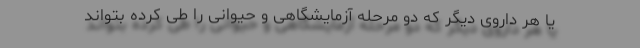
یا هر داروی دیگر که دو مرحله آزمایشگاهی و حیوانی را طی کرده بتواند